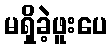
မရှိခဲ့ဖူးပေ